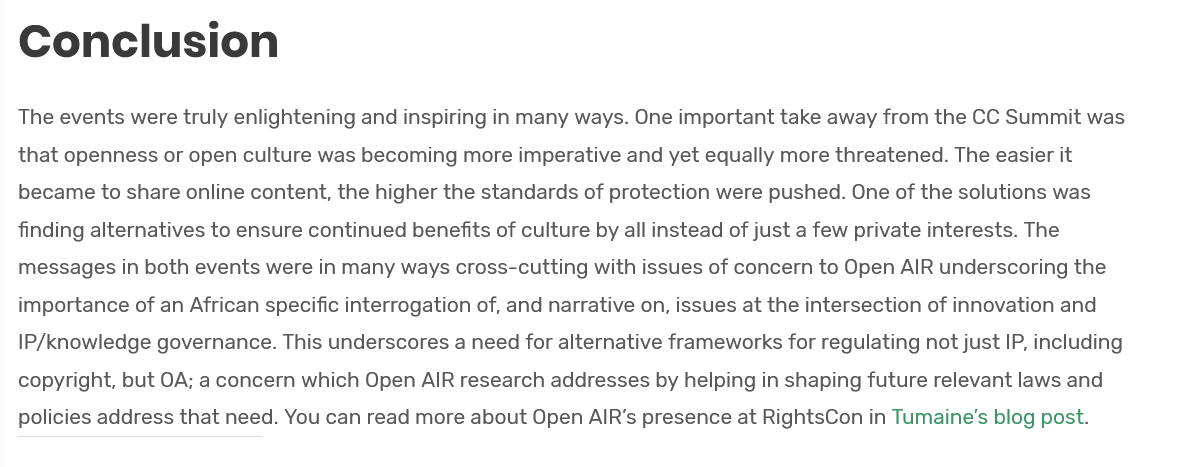
Conclusion
  The events were truly enlightening and inspiring in many ways. One important take away from the CC Summit was
  that openness or open culture was becoming more imperative and yet equally more threatened. The easier it
  became to share online content, the higher the standards of protection were pushed. One of the solutions was
  finding alternatives to ensure continued benefits of culture by all instead of just a few private interests. The
  messages in both events were in many ways cross-cutting with issues of concern to Open AIR underscoring the
  importance of an African specific interrogation of, and narrative on, issues at the intersection of innovation and
  IP/knowledge governance. This underscores a need for alternative frameworks for regulating not just IP, including
  copyright, but OA; a concern which Open AIR research addresses by helping in shaping future relevant laws and
  policies address that need. You can read more about Open AIR’s presence at RightsCon in Tumaine’s blog post.